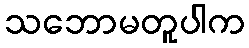
သဘောမတူပါက